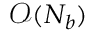
\mathcal { O } ( N _ { b } )